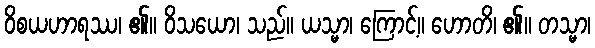
ဝိစယဟာရဿ၊ ၏။ ဝိသယော၊ သည်။ ယသ္မာ၊ ကြောင့်။ ဟောတိ၊ ၏။ တသ္မာ၊